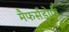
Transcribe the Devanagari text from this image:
मैफर्सडोर्फ़